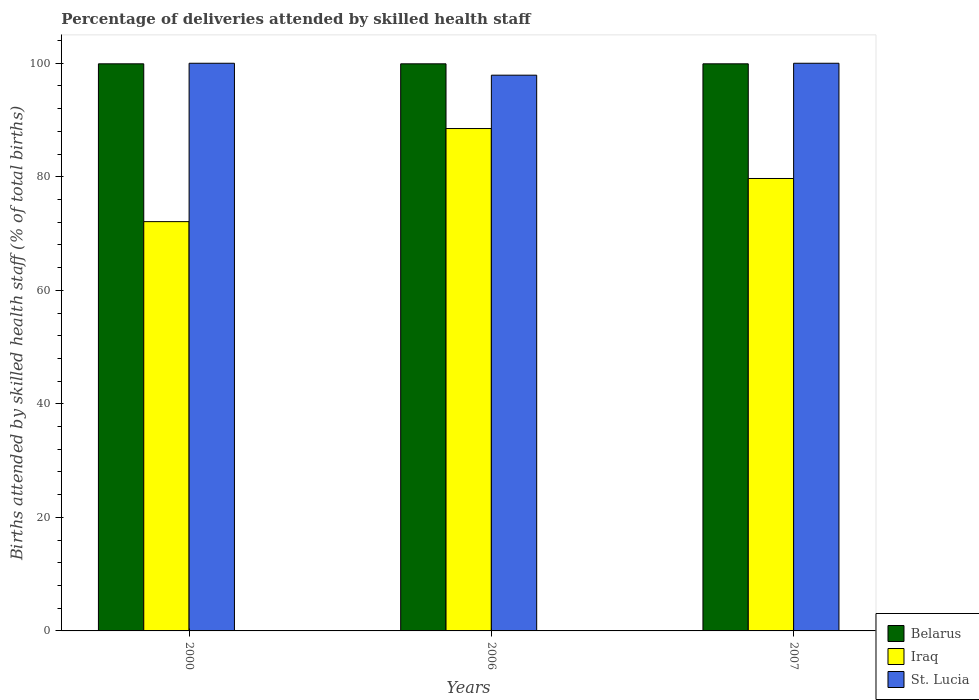
| Years | Belarus | Iraq | St. Lucia |
 | --- | --- | --- | --- |
 | 2000 | 99.9 | 72.1 | 100 |
 | 2006 | 99.9 | 88.5 | 97.9 |
 | 2007 | 99.9 | 79.7 | 100 |